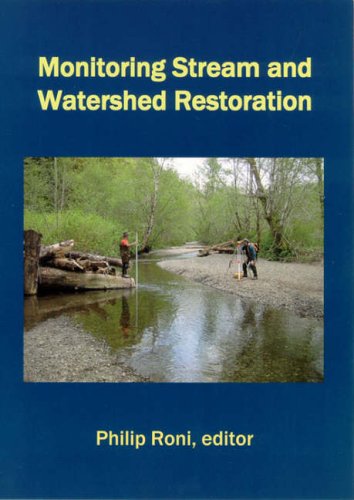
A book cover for Monitoring Stream and Watershed Restoration; Philip Roni; Travel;